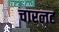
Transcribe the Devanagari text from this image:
चारलट